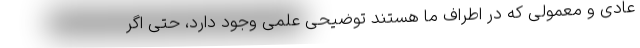
عادی و معمولی که در اطراف ما هستند توضیحی علمی وجود دارد، حتی اگر